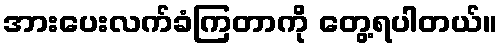
အားပေးလက်ခံကြတာကို တွေ့ရပါတယ်။